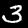
Label: 3